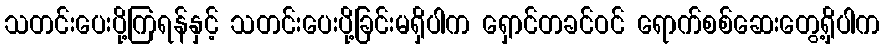
သတင်းပေးပို့ကြရန်နှင့် သတင်းပေးပို့ခြင်းမရှိပါက ရှောင်တခင်ဝင် ရောက်စစ်ဆေးတွေ့ရှိပါက